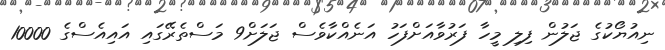
ނިއުޔޯކުގެ ޖަލުން ފިލި މީހާ ފަރުވާއަށްފަހު އަނެއްކާވެސް ޖަލަށް9 މަސްތެރޭގައި އައިއެސްގެ 10000